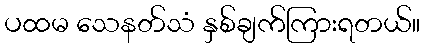
ပထမ သေနတ်သံ နှစ်ချက်ကြားရတယ်။